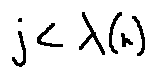
j < \lambda ( n )